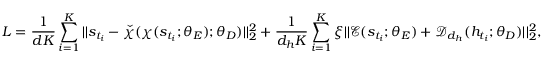
L = \frac { 1 } { d K } \sum _ { i = 1 } ^ { K } | | s _ { t _ { i } } - \check { \chi } ( \chi ( s _ { t _ { i } } ; \theta _ { E } ) ; \theta _ { D } ) | | _ { 2 } ^ { 2 } + \frac { 1 } { d _ { h } K } \sum _ { i = 1 } ^ { K } \xi | | \mathcal { E } ( s _ { t _ { i } } ; \theta _ { E } ) + \mathcal { D } _ { d _ { h } } ( h _ { t _ { i } } ; \theta _ { D } ) | | _ { 2 } ^ { 2 } ,